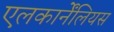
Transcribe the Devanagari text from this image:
एलकार्नेंलियस